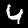
Digit: 4